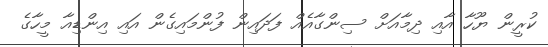
ކުރީން ޔޫހާ އާއި ދިމާއަށް ސިންގާއެއް ފަދައިން ފުންމައިގެން އައި އިންޑިއާ މީހާގެ